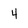
Character: 4